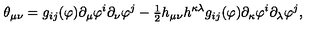
\theta _ { \mu \nu } = g _ { i j } ( \varphi ) \partial _ { \mu } \varphi ^ { i } \partial _ { \nu } \varphi ^ { j } - { \textstyle { \frac { 1 } { 2 } } } h _ { \mu \nu } h ^ { \kappa \lambda } g _ { i j } ( \varphi ) \partial _ { \kappa } \varphi ^ { i } \partial _ { \lambda } \varphi ^ { j } ,